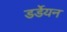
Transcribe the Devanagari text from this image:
डर्डेयन